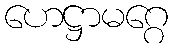
ဟေဋ္ဌာမဂ္ဂေ